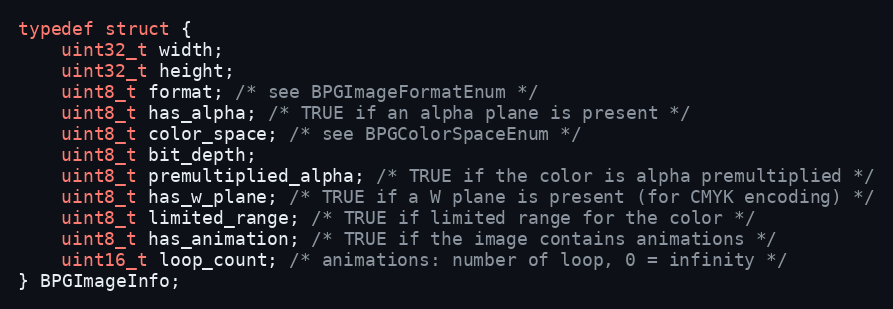
Language: C
typedef struct {
    uint32_t width;
    uint32_t height;
    uint8_t format; /* see BPGImageFormatEnum */
    uint8_t has_alpha; /* TRUE if an alpha plane is present */
    uint8_t color_space; /* see BPGColorSpaceEnum */
    uint8_t bit_depth;
    uint8_t premultiplied_alpha; /* TRUE if the color is alpha premultiplied */
    uint8_t has_w_plane; /* TRUE if a W plane is present (for CMYK encoding) */
    uint8_t limited_range; /* TRUE if limited range for the color */
    uint8_t has_animation; /* TRUE if the image contains animations */
    uint16_t loop_count; /* animations: number of loop, 0 = infinity */
} BPGImageInfo;